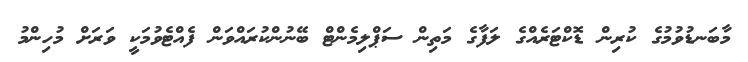
މާބަނޑުވުމުގެ ކުރިން ޑޮކްޓަރެއްގެ ލަފާގެ މަތިން ސަޕްލިމެންޓް ބޭނުންކުރައްވަން ފެއްޓެވުމަކީ ވަރަށް މުހިންމު